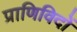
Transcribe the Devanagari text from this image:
प्राणिविदों